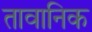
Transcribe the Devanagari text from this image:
तावानिक